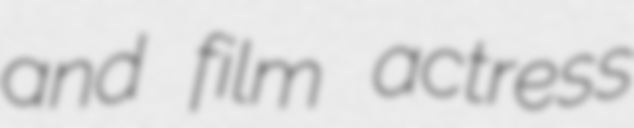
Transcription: and film actress